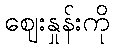
ဈေးနှုန်းကို